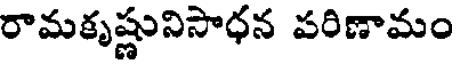
రామకృష్ణునిసాధన పరిణామం